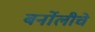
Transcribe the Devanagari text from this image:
बर्नोलीचे